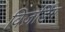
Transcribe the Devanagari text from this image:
विज़र्डिंग